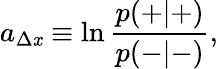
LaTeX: a_{\Delta\mathit{x}}\equiv\ln\frac{{p(+|+)}}{{p(-|-)}},